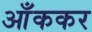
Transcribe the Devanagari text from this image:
आँककर